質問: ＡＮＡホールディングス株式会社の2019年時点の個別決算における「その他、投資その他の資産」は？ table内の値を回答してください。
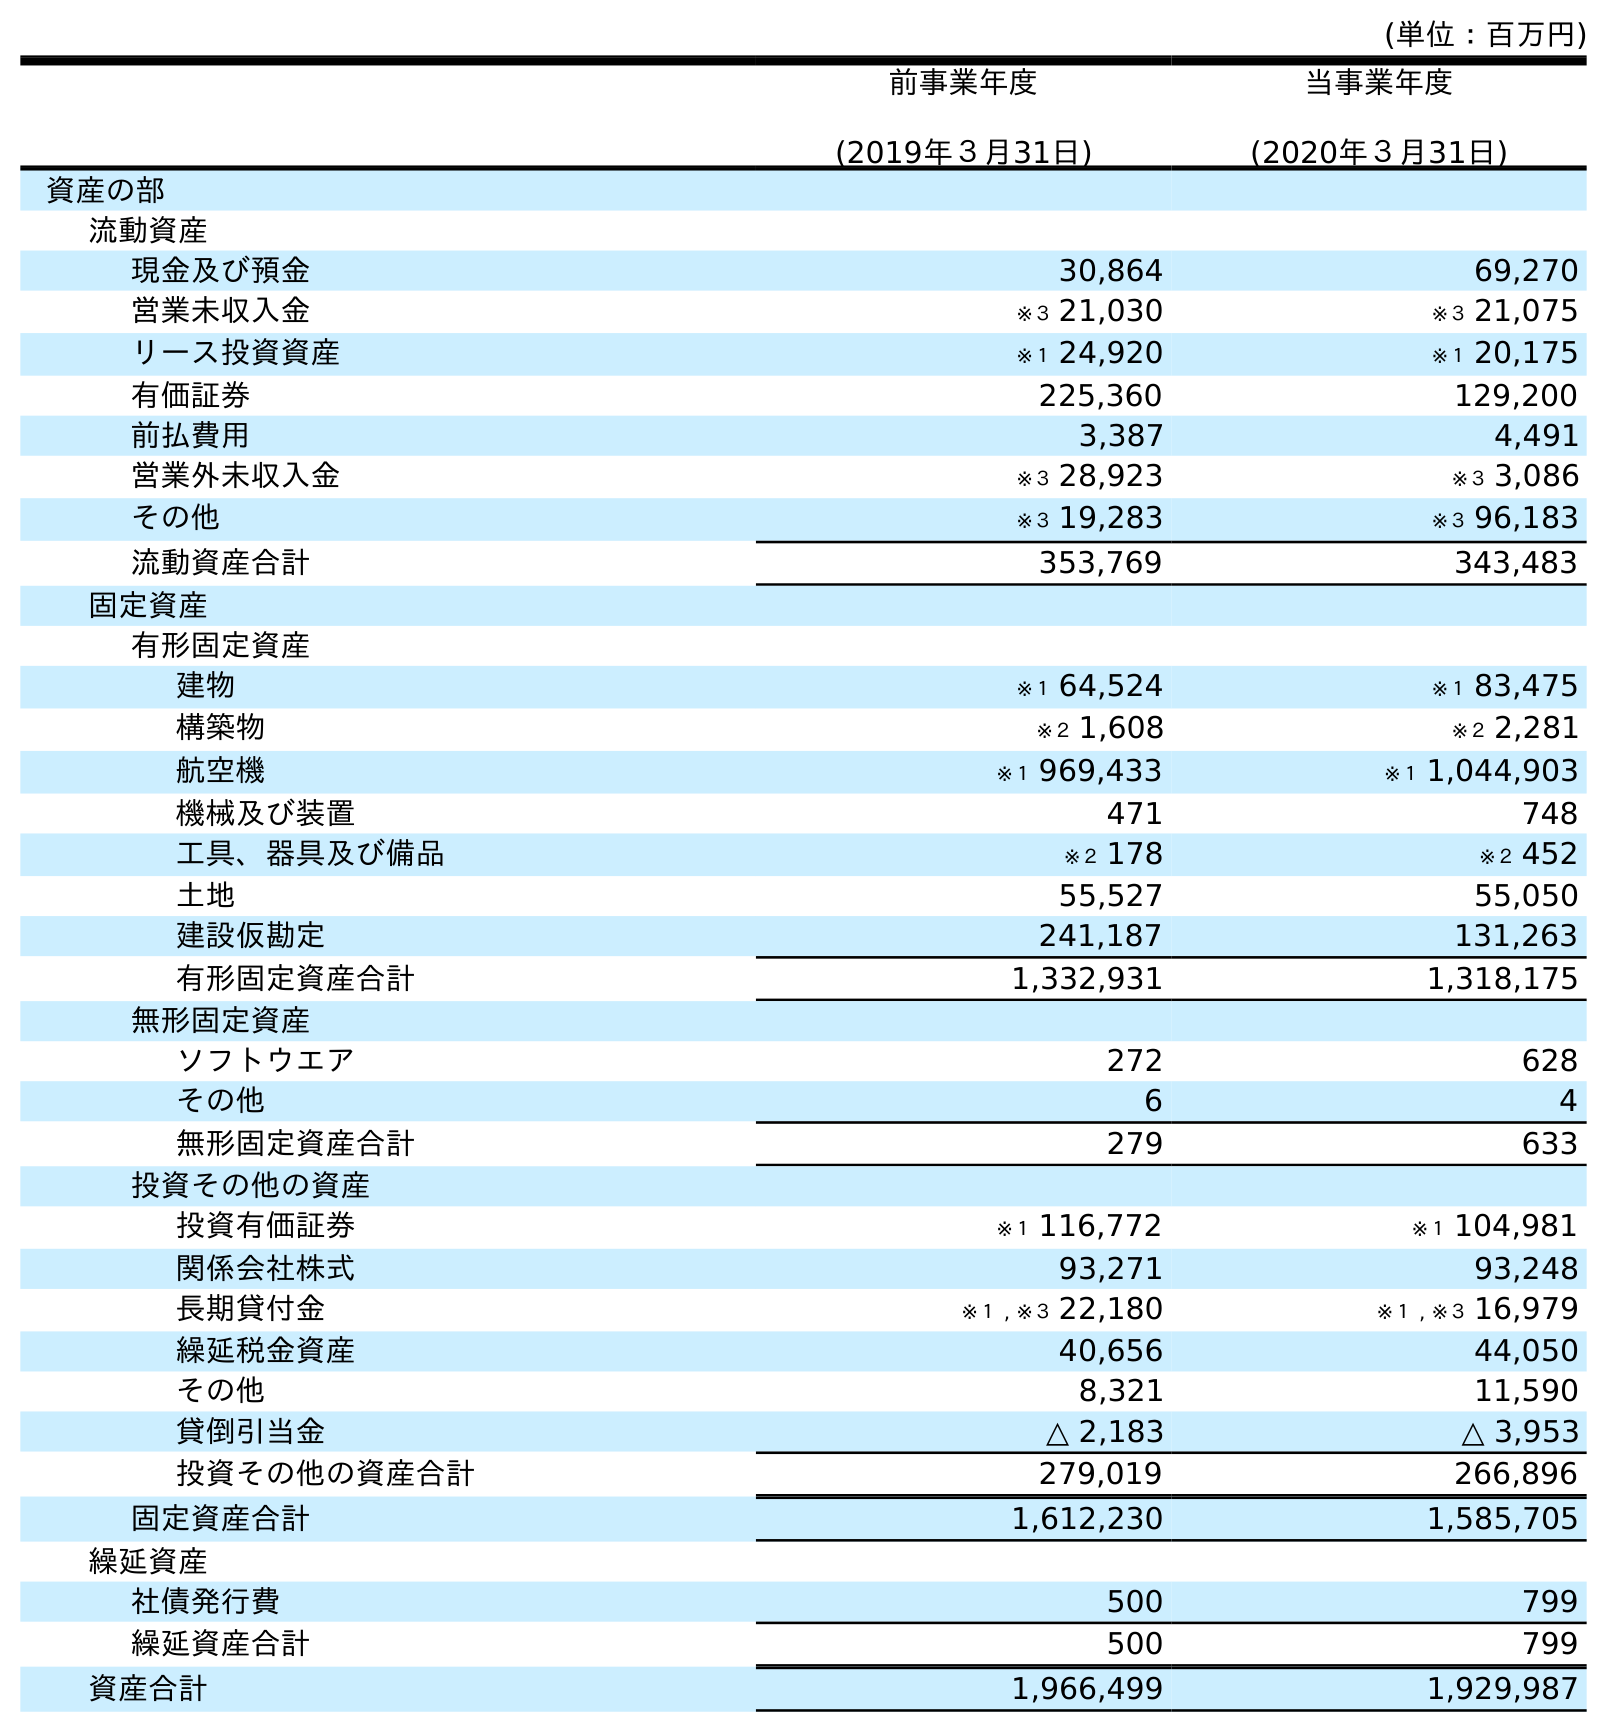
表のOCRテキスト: (単位：百万円) 前事業年度 (2019年３月31日) 当事業年度 (2020年３月31日) 資産の部 流動資産 現金及び預金 30,864 69,270 営業未収入金 ※３ 21,030 ※３ 21,075 リース投資資産 ※１ 24,920 ※１ 20,175 有価証券 225,360 129,200 前払費用 3,387 4,491 営業外未収入金 ※３ 28,923 ※３ 3,086 その他 ※３ 19,283 ※３ 96,183 流動資産合計 353,769 343,483 固定資産 有形固定資産 建物 ※１ 64,524 ※１ 83,475 構築物 ※２ 1,608 ※２ 2,281 航空機 ※１ 969,433 ※１ 1,044,903 機械及び装置 471 748 工具、器具及び備品 ※２ 178 ※２ 452 土地 55,527 55,050 建設仮勘定 241,187 131,263 有形固定資産合計 1,332,931 1,318,175 無形固定資産 ソフトウエア 272 628 その他 6 4 無形固定資産合計 279 633 投資その他の資産 投資有価証券 ※１ 116,772 ※１ 104,981 関係会社株式 93,271 93,248 長期貸付金 ※１ , ※３ 22,180 ※１ , ※３ 16,979 繰延税金資産 40,656 44,050 その他 8,321 11,590 貸倒引当金 △ 2,183 △ 3,953 投資その他の資産合計 279,019 266,896 固定資産合計 1,612,230 1,585,705 繰延資産 社債発行費 500 799 繰延資産合計 500 799 資産合計 1,966,499 1,929,987
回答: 8,321